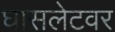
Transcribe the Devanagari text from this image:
घासलेटवर